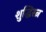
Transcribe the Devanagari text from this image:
शुद्धिरत्न